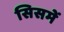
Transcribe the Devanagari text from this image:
सिसमें